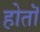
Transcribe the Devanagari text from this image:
होतॊ